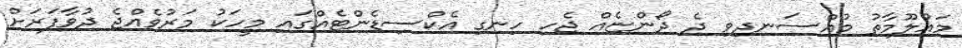
މައުލޫމާތު މުއްސަނދިވި ދެ ދޯންޏެއް ޖެހި ހިނގި އެކްސިޑެންޓެއްގައި މީހަކު މަރުވެއްޖެ ދުވާފަރަށް